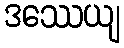
ဒဿေယျ